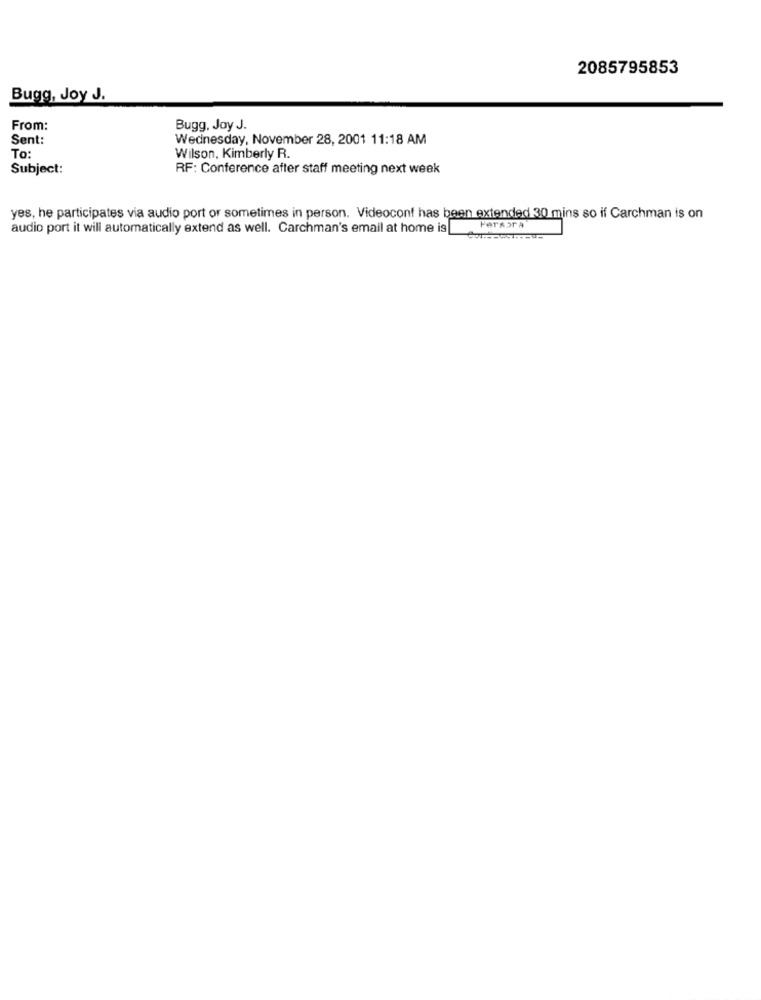
2085795853
Bugg, Joy J.
From:
Bugg, Joy J.
Sent:
Wednesday, November 28, 2001 11:18 AM
To:
Wilson, Kimberly R.
Subject:
RF: Conference after staff meeting next week
yes, he participates via audio port or sometimes in person. Videoconf has been extended 30 mins so if Carchman is on
audio port it will automatically extend as well. Carchman's email at home is
Fersara